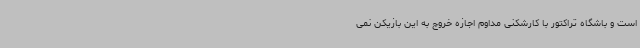
است و باشگاه تراکتور با کارشکنی مداوم اجازه خروج به این بازیکن نمی